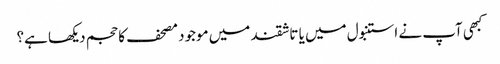
کبھی آپ نے استنبول میں یا تاشقند میں موجود مصحف کا حجم دیکھا ہے؟